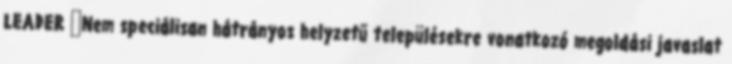
LEADER ▪Nem speciálisan hátrányos helyzetű településekre vonatkozó megoldási javaslat